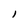
Character: l